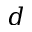
d